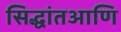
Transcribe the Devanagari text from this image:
सिद्धांतआणि